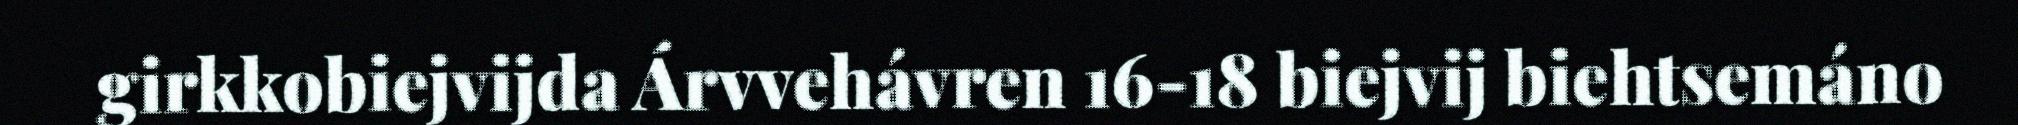
girkkobiejvijda Árvvehávren 16-18 biejvij biehtsemáno